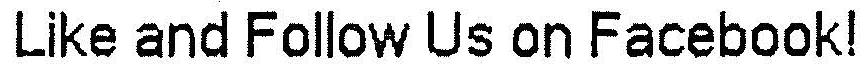
LIKE AND FOLLOW US ON FACEBOOK!